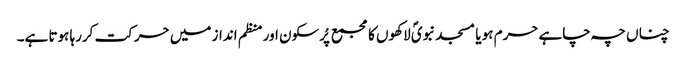
چناں چہ چاہے حرم ہو یا مسجد نبویؐ لاکھوں کا مجمع پُرسکون اور منظم انداز میں حرکت کررہا ہوتا ہے۔